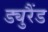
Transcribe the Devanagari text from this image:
ड्युरैंड